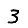
Digit: 3